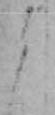
よ